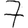
Digit: 7